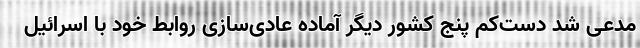
مدعی شد دست‌کم پنج کشور دیگر آماده عادی‌سازی روابط خود با اسرائیل